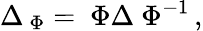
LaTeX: \Delta_{{\ \Phi}}={\ \Phi}\Delta{\ \Phi}^{-1}\, ,